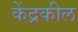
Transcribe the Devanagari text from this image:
केंद्रकील